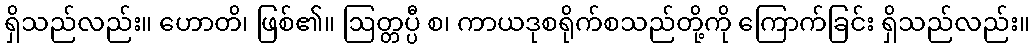
ရှိသည်လည်း။ ဟောတိ၊ ဖြစ်၏။ ဩတ္တပ္ပီ စ၊ ကာယဒုစရိုက်စသည်တို့ကို ကြောက်ခြင်း ရှိသည်လည်း။